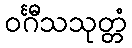
ဝင်္ဂီသသုတ္တံ